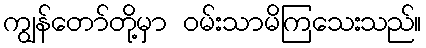
ကျွန်တော်တို့မှာ ဝမ်းသာမိကြသေးသည်။